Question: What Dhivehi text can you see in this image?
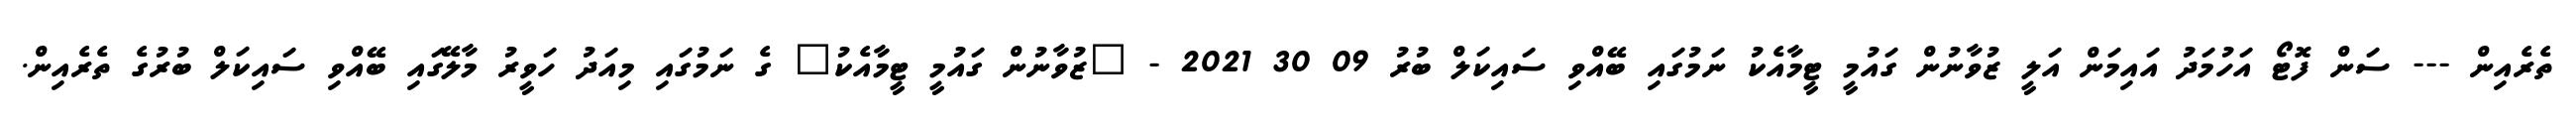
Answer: ތެރެއިން --- ސަން ފޮޓޯ އަހުމަދު އައިމަން އަލީ ޒުވާނުން ގައުމީ ޓީމާއެކު ނަމުގައި ބޭއްވި ސައިކަލް ބުރު 09 30 2021 - "ޒުވާނުން ގައުމީ ޓީމާއެކު" ގެ ނަމުގައި މިއަދު ހަވީރު މާލޭގައި ބޭއްވި ސައިކަލް ބުރުގެ ތެރެއިން.